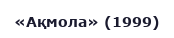
«Ақмола» (1999)